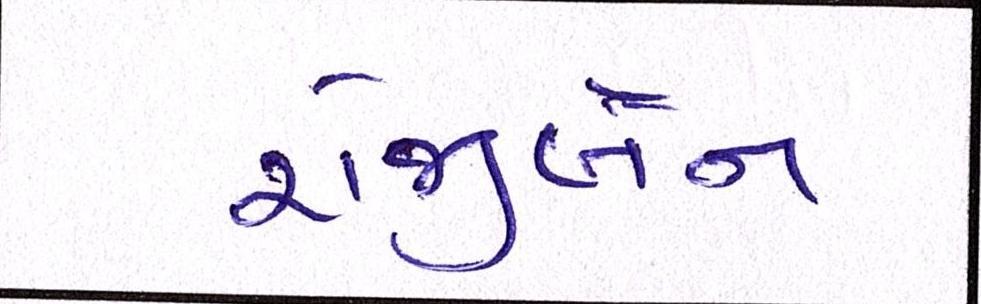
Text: રોજીબેન